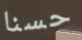
حسنا